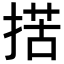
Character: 𢱗